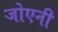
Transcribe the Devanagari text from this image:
जोएनी